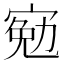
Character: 𡩄